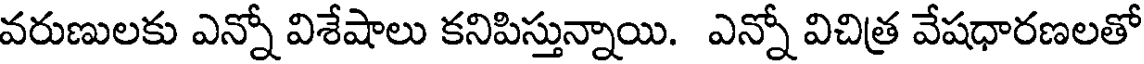
వరుణులకు ఎన్నో విశేషాలు కనిపిస్తున్నాయి. ఎన్నో విచిత్ర వేషధారణలతో